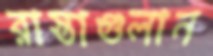
রাস্তাগুলান